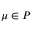
\mu \in \mathcal Ḋ P Ḍ